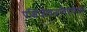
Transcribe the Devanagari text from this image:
पक्षिजीवनाविषयीच्या